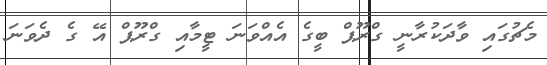
މެޗުގައި ވާދަކުރާނީ ގްރޫޕް ބީގެ އެއްވަނަ ޓީމާއި ގްރޫޕް އޭ ގެ ދެވަނަ